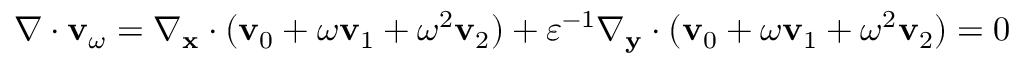
\nabla \cdot \mathbf { v } _ { \omega } = \nabla _ { \mathbf x } \cdot ( \mathbf v _ { 0 } + \omega \mathbf v _ { 1 } + \omega ^ { 2 } \mathbf v _ { 2 } ) + \varepsilon ^ { - 1 } \nabla _ { \mathbf y } \cdot ( \mathbf v _ { 0 } + \omega \mathbf v _ { 1 } + \omega ^ { 2 } \mathbf v _ { 2 } ) = 0